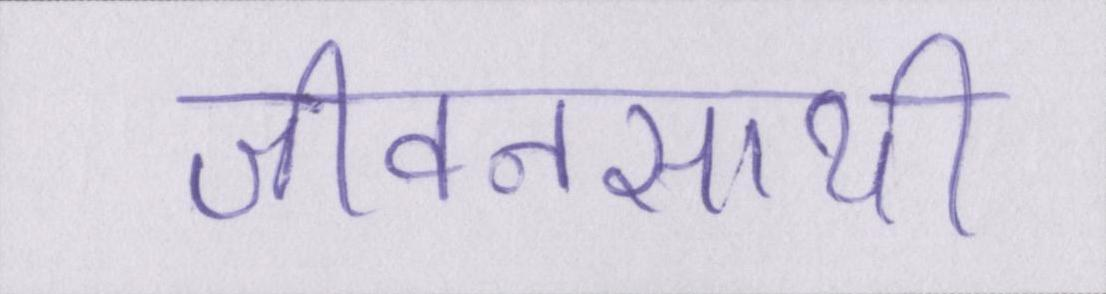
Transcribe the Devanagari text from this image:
जीवनसाथी